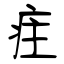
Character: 疰